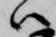
ハ